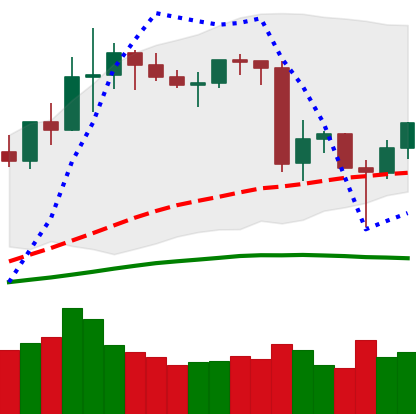
Ticker: LINK-USD
Chart end date: 2020-06-17
Forward return: 7.308%
Label: up_7plus